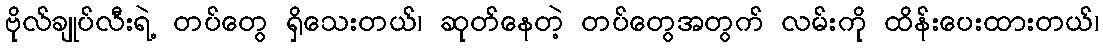
ဗိုလ်ချုပ်လီးရဲ့ တပ်တွေ ရှိသေးတယ်၊ ဆုတ်နေတဲ့ တပ်တွေအတွက် လမ်းကို ထိန်းပေးထားတယ်၊